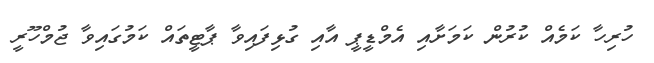
ހުރިހާ ކަމެއް ކުރުން ކަމަށާއި އެމްޑީޕީ އާއި ގުޅިފައިވާ ޕާޓީތައް ކަމުގައިވާ ޖުމްހޫރީ